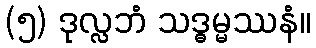
(၅) ဒုလ္လဘံ သဒ္ဓမ္မဿနံ။